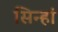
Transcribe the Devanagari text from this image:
सिन्हां